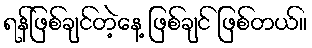
ရန်ဖြစ်ချင်တဲ့နေ့ ဖြစ်ချင် ဖြစ်တယ်။